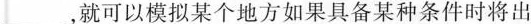
___，就可以模拟某个地方如果具备某种条件时将出